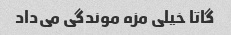
گاتا خیلی مزه موندگی می‌داد